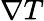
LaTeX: \nabla T